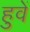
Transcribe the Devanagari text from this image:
हुवें